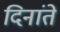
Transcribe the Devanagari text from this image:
दिनांते